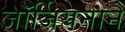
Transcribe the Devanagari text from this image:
जॉर्जियनाने